Annual report of the Civil Veterinary Department, Bengal, and of the Bengal Veterinary College for the year 1906-1907 - 1906-1907
Year: 1906
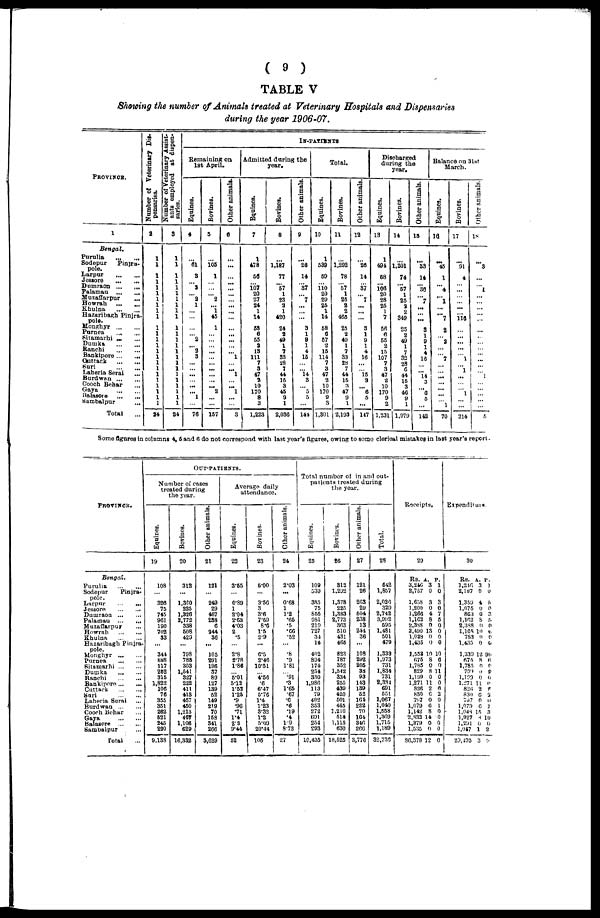
(9)
TABLE V
Showing the number of Animals treated at Veterinary Hospitals and Dispensaries
during the year 1906-07.
1
Bengal.
Purulia
...
...
Sodepur
Pinjra-
pole.
Larpur
...
...
Jessore
...
...
Dumraon ...
...
Palaman
...
...
Muzaffarpur
...
Howrah
...
...
Khulna
...
...
Hazaribagh Pinjra-
pole.
Monghyr
...
...
Purnea
...
...
Sitamarhi ... ...
Dumka
...
...
Ranchi
...
...
Bankipore
...
...
Cuttack ... ...
Suri
...
...
Laheria Serai ...
Burdwan ... ...
Cooch Behar ...
Gaya
...
...
Balasore
...
...
Sambalpur
...
Total ...
Number of Veterinary Dis-
pansaries.
a
1
1
1
1 1
1
1
1
1
1
1
1 1
1
1 1
1
1
1
1
1
1
24
Number of Veterinary Assist-
ants employed at dispen-
saries.
3
1
1
1
1
1
1
1
1
1
1
1 1
1 1
1
1
1 1
1
1
24
IN-PATIENTS
Remaining on
1st April.
Equines.
4
...
61
3
...
3
... 2
1
...
...
... 2
...
2 3
...
...
... ...
...
1
...
76
Bovines.
5
...
105
1
...
...
...
2
...
1
45
1
...
...
...
...
...
... 2
...
...
157
Other animals.
6
...
...
...
...
...
...
...
...
...
1
1
...
... 1
...
...
3
Admitted during the
year.
Equines.
7
1
478
50
107
20
27
24
1
14
58
6
55
2
13
111
7
3
47
2
10
170
8
3
1,223
Bovines.
8
...
1,187
77
...
57
1
23
2 1
420
24
2
49
1
7
33
28
7
44
15
3
45
9
1
2,036
Other animals.
9
...
26
14
37
...
7
...
...
3
1
9
1
4
15
...
14
3
...
...
5
5
...
144
Total.
Equines.
10
1
539
59
110
20
29
25
1
14
58
6
67
a
15
114
7
3
47
2
10
170
9
3
1,301
Bovines.
11
...
1,292
78
57
1
25
a
2
465
25
2
49
1
7
33
23
7
44
15
3
47
9
1
2,193
Other animals.
12
...
26
14
...
37
...
7
...
... ...
3
1
9
1
4
16
15
3
... 6
5
...
147
Discharged
during the
year.
Equines.
13
1
494
68
106
20
28
25
1
7
56
6
55
2
15
107
7
3
47
2
10
170
9
2
1,231
Bovines.
14
...
1,201
74
57
1
25
2
2
349
25
2
49
1
7
32
28
6
44
15 3
46
9
1
1,979
Other animals.
18
...
33
14
...
36
...
7
...
...
3
9
1
4
10
...
...
14
...
6 5
...
...
142
Balance on 31st
March.
Equines.
16
...
45
1
...
4
...
1
...
7
2
...
2
...
7
...
...
...
...
...
...
1
70
Bovines.
17
...
91
4
...
...
...
...
...
116
...
...
...
...
1
...
1
...
...
...
1
...
...
214
Other animals.
18
...
3
...
...
1
...
...
...
...
...
...
...
...
...
...
...
1
...
... ...
...
5
Some figures in columns 4, 5 and 6 do not correspond with last year's figures, owing to some clerical mistakes in last year's report.
PROVINCE.
Bengal.
Purulia ... ...
Sodepur
Pinjra-
pole.
Larpur ... ...
Lessore ... ...
Damrann ... ...
Palamau
...
...
Muzaffarpur ...
Howrah ...
Khulna ...
Hazaribagh Pinjra-
pole.
Monghyr ... ...
Purnea ... ...
Sitamarhi ... ...
Dumka ... ...
Ranchi ... ...
Bankipore
...
...
Cuttack
...
...
Sari ... ...
Laheria Serai ...
Burdwan
...
...
Cooch Behar ...
Gaya ... ...
Balasore
...
...
Sambalpur ...
Total ...
OUT-PATIENTS.
Number of cases
treated during
the year.
Equines.
19
108
...
326
75
745
961
190
702
33
...
344
888
117
262
315
1,822
106
76
355
851
262
521
245
290
9.138
Bovines.
20
312
...
1,360
225
1,326
2,772
338
508
429
...
798
785
303
1,541
327
222
411
413
457
450
1,213
467
1,106
629
16,332
Other animals.
21
121
...
249
29
467
268
6
244
36
...
105
291
196
37
89
127
139
52
149
219
70
158
341
266
3,629
Average daily
attendance.
Equines.
22
3.55
...
0.89
1
2.04
2.63
4.03
2
.5
...
2.8
2.78
1.86
... 5.01
5.12
1.52
1.25
.9
.96
.71
1.4
2.2
9.44
52
Bovines.
23
5.00
...
3.56
3
3.6
7.59
8.6
1.5
2.9
...
6.5
2.46
10.51
... 4.56
.6
6.47
5.76
1.4
1.23
3.32
1.2
5.09
20.44
105
Other animals.
24
2.03
...
0.68
1
1.2
.65
.5
.66
.52
...
.8
.9
1.81
... .91
.3
1.65
.67
.6
.6
.19
.4
1.9
8.73
27
Total number of in and out-
patients treated during
the year.
Equines.
25
109
D39
385
75
855
081
219
727
34
14
402
804
174
254
330
1,986
113
79
402
853
272
691
254
293
10,435
Bovines.
26
312
1,292
1,378
225
1,383
2,773
363
510
431
465
823
787
352
1,542
334
255
439
420
501
465
1,216
514
1,115
630
18,625
Other animals.
27
121
26
268
29
504
238
13
244
36
...
108
292
205
38
93
143
139
52
161
222
70
164
346
266
3,776
Total.
28
642
1,857
2,026
329
2,742
3,992
595
1,481
501
479
1,333
1,973
731
1,834
731
2,381
691
551
1,067
1,040
1,558
1,369
1,715
1,189
32,730
Receipts.
29
Rs. A. P
3,246 3 1
2,757 0 0
1,658 3 3
1,200 0 0
1,266 4 7
1,162 8 5
2,388 0 0
2,490 13 0
1,038 0 0
1,435 0 0
1,553 10 10
675 8 6
1,785 0 0
829 8 11
1,199 0 0
1,271 11 0
826 2 0
830 6 2
797 0 0
1,079 6 1
1,142 8 0
2,832 14 0
1,379 0 0
1,535 0 0
86,378 12 6
Expenditure
30
Rs. A. P.
1,246 3 1
2,187 0 0
1,359 4 5
1,075 0 0
863 0 3
1,162 8 5
2,388 0 0
1,168 10 6
783 0 0
1,435 0 0
1,339 12 90
675 8 6
1,785 0 0
709 0 0
1,199 0 0
1,271 11 0
826 2 6
830 0 2
797 0 0
1,079 0 1
1,048 15 3
1,927 8 10
1,291 0 0
1,947 1 2
29,495 3 9